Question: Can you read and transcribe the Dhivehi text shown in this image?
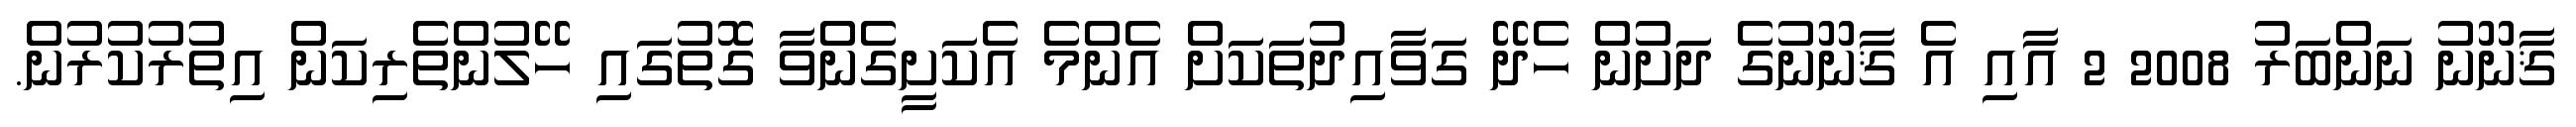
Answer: ޤާނޫނު ނަންބަރު 2008 2 އާއި އެ ޤާނޫނުގެ ދަށުން ހެދޭ ގަވާއިދުތަކަށް އެންމެ އެކަށީގެންވާ ގޮތުގައި ހޭލުންތެރިކަން އިތުރުކުރުން.